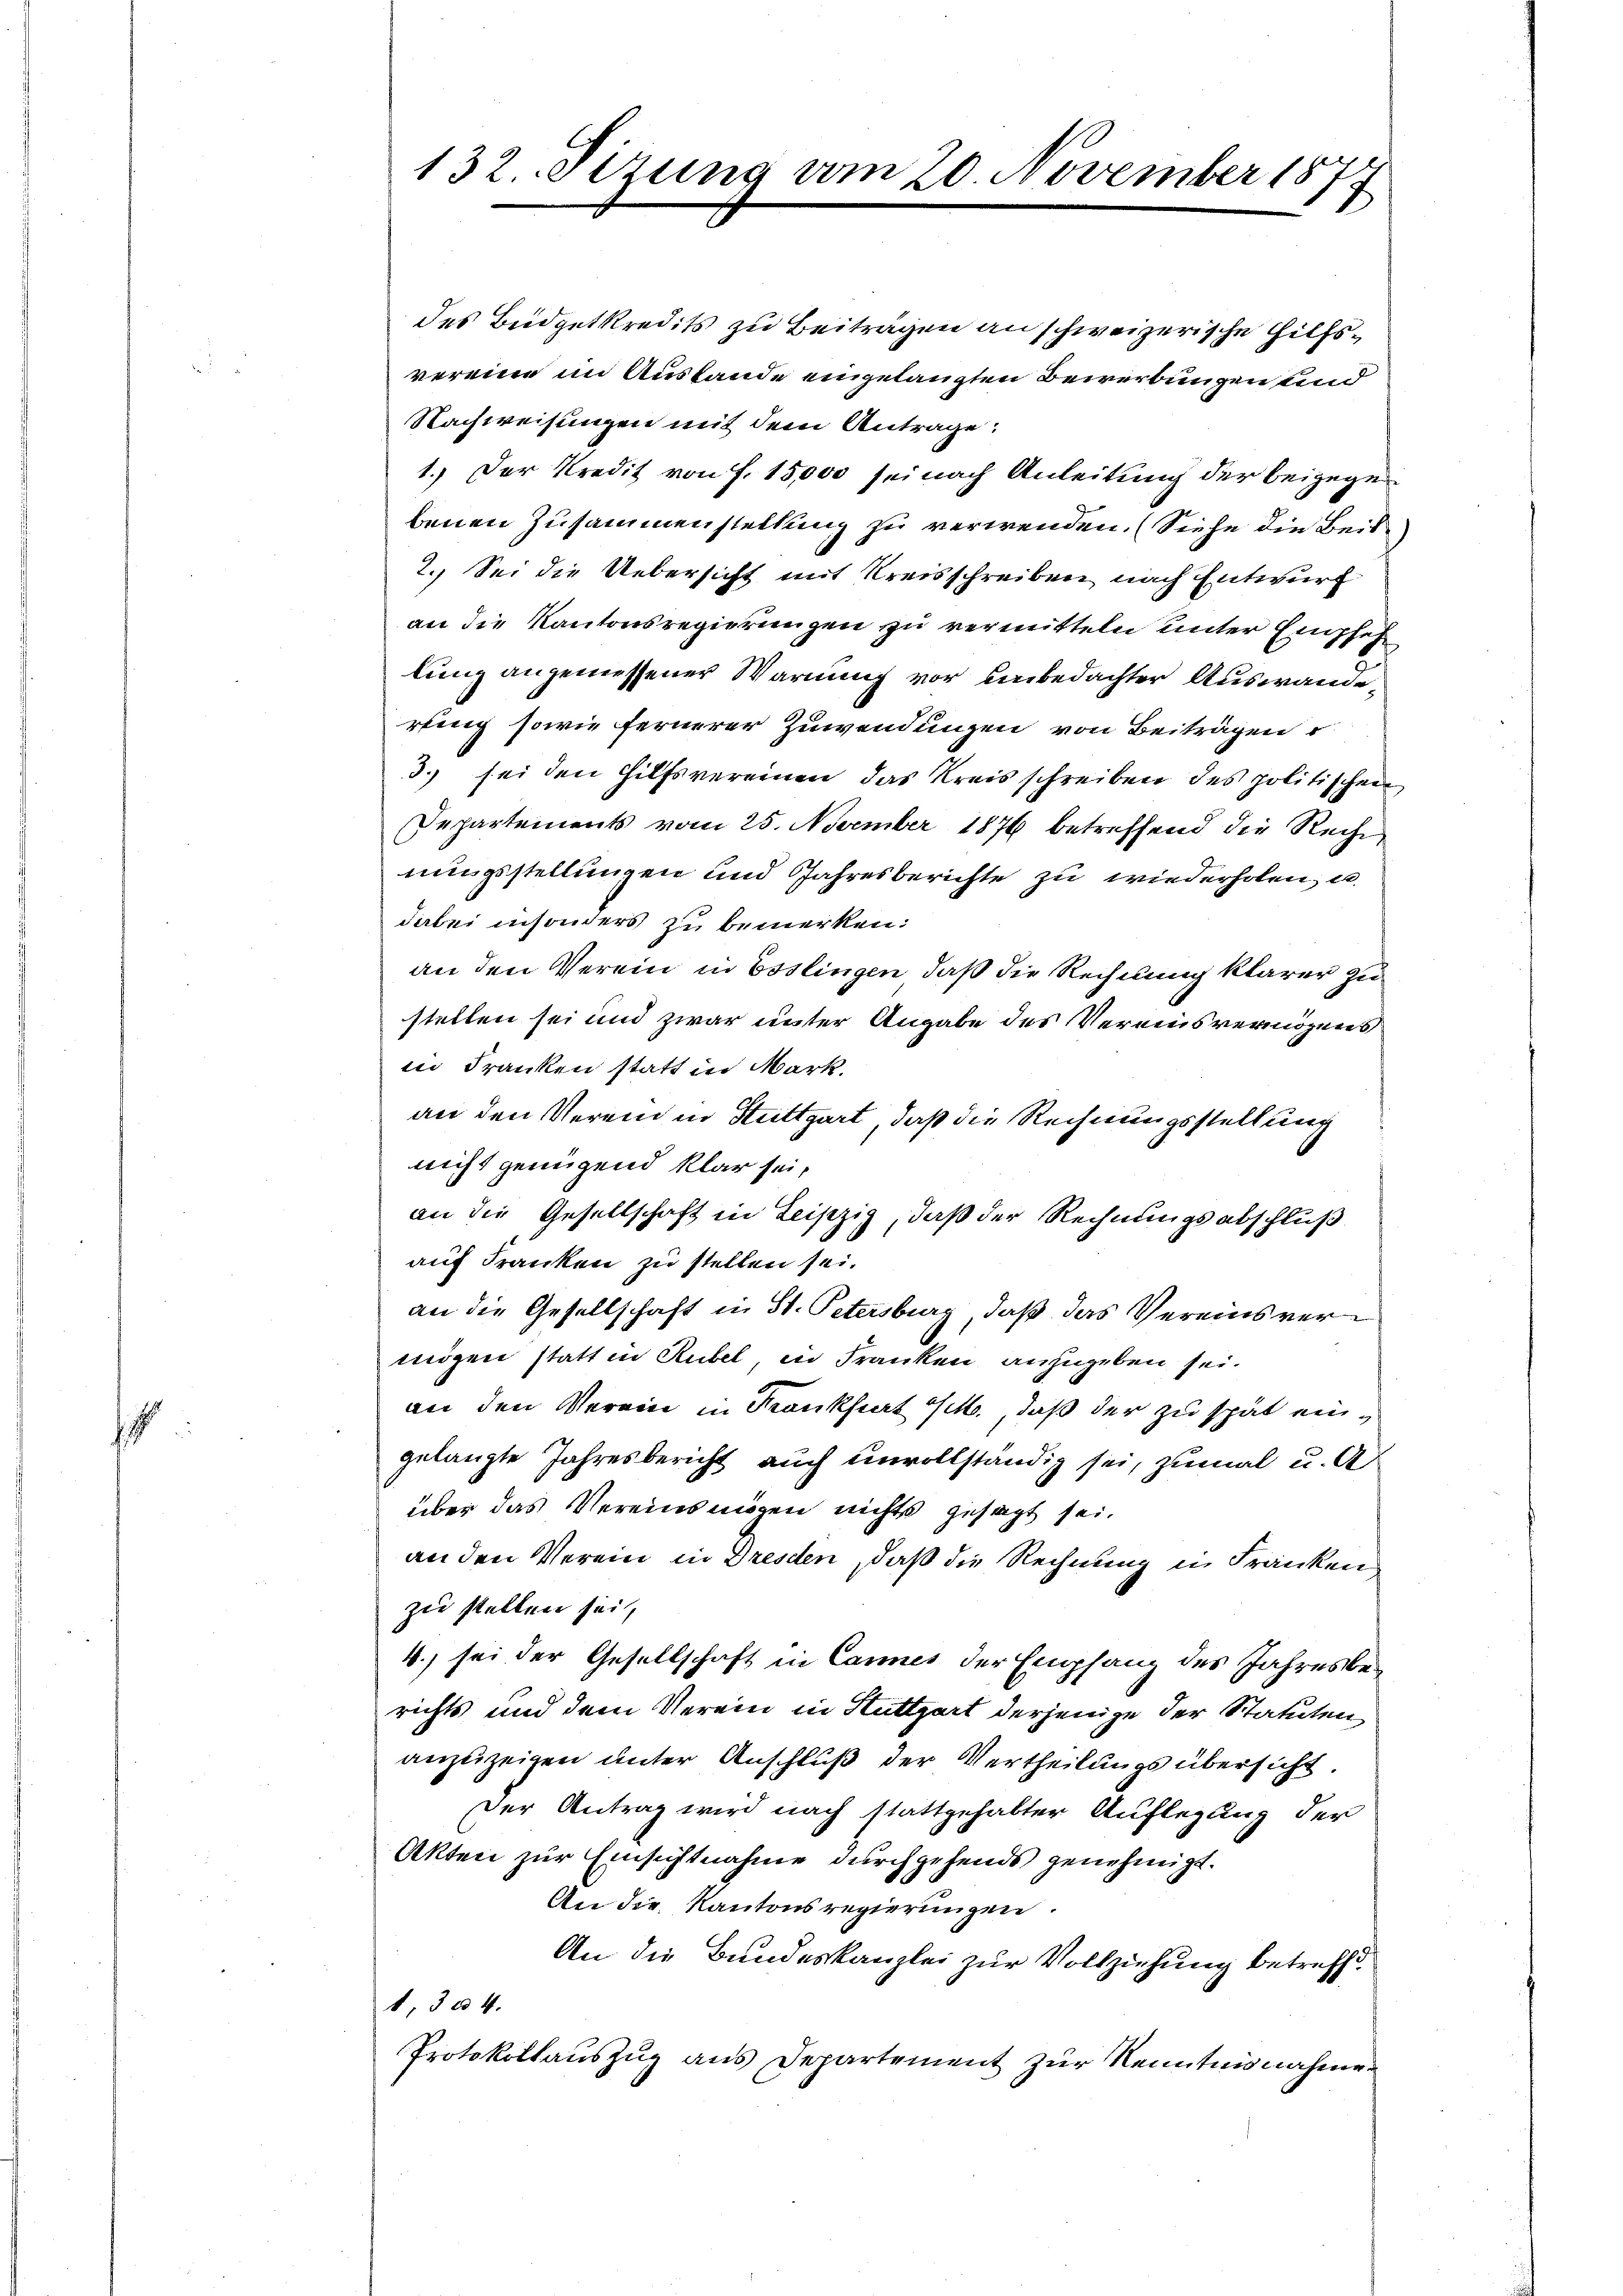
s

des Budgetkredits zu Beiträgen an schweizerische Hilfsvereine im Austande eingelangten Bewerbungen unnd
Nachweisungen mit dem Antrage:
1.) Der Kredit von S. 15,000 sei nach Anleitung der beigegebenen Zusammenstellung zu verwenden. (Siehe die Beis
2. Sei die Uebersicht mit Kreisschreiben nach Entwurf
an die Kantonsregierungen zu vermitteln unter Empfeh
lung angemessener Warnung vor unbedachter Auswanderling sowie fernerer Zuwendungen von Beiträgen
3. sei den Hilfsvereinen das Kreisschreiben des politischen
Departements vom 25. November 1876 betreffend die Rech
nungsstellungen und Jahresberichte zu wiederholen, u.
dabei insonders zu bemerken:
an den Verein in Esslingen, daß die Rechnung klarer zu
stellen sei und zwar unter Angabe des Vereinsvermögens
in Franken statt in Mark.
an den Verein in Stuttgart, daß die Rechnungsstellung
nicht genügend klar sei,
an die Gesellschaft in Leipzig, daß der Rechnungsabschluß
auf Franken zu stellen sei.
an die Gesellschaft in St. Petersburg, daß das Vereinsvermögen statt in Rubel, in Franken anzugeben sei.
an den Verein in Krankfurt M., daß der zu spät eingelangte Jahresbericht auch unvollständig sei, zumal u. A
über das Vereinsmögen nichts gesagt sei.
an den Verein in Dresden, daß die Rechnung in Franken
zu stellen sei,
4.) sei der Gesellschaft in Cannes der Empfang des Jahresberichts und dem Verein in Stuttgart derjenige der Statuten,
anzuzeigen unter Anschluß der Vertheilungsübersicht.
Der Antrag wird nach stattgehabter Auflegung der
Akten zur Einsichtnahme durchgehends genehmigt.
An die Kantonsregierungen
An die Bundeskanzlei zur Vollziehung betreffd.
1, 304.
Protokollauszug aus Departement zur Kenntnisnahme.

132. Sirung vom 20. November 187
s